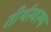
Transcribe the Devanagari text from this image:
तीर्थस्वरूप